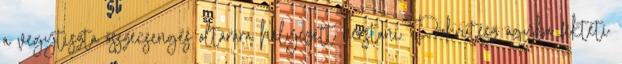
a vegytiszta összecsengés oltárára helyezett verstani Prokrutész ágyba fekteti